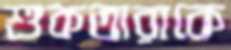
শুকতারাকে